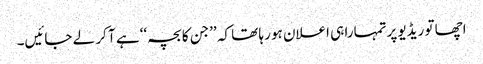
اچھا تو ریڈیو پرتمہارا ہی اعلان ہو رہا تھا کہ ’’جن کا بچہ‘‘ ہے آ کر لے جائیں۔